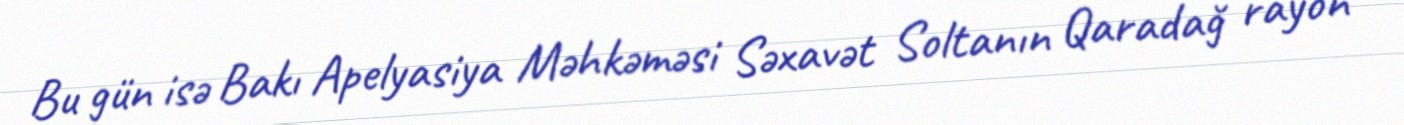
Bu gün isə Bakı Apelyasiya Məhkəməsi Səxavət Soltanın Qaradağ rayon